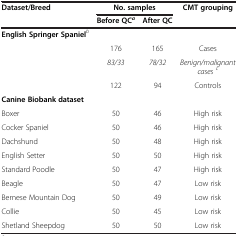
<table><thead><tr><td><b>Dataset/Breed</b></td><td colspan="2"><b>No. samples</b></td><td><b>CMT grouping</b></td></tr><tr><td><b> </b></td><td><b>Before QC<sup><i>a</i></sup></b></td><td><b>After QC</b></td><td><b> </b></td></tr></thead><tbody><tr><td><b>English Springer Spaniel</b><sup><i>b</i></sup></td><td> </td><td> </td><td> </td></tr><tr><td> </td><td>176</td><td>165</td><td>Cases</td></tr><tr><td> </td><td><i>83/33</i></td><td><i>78/32</i></td><td><i>Benign/malignant cases</i><sup><i>c</i></sup></td></tr><tr><td> </td><td>122</td><td>94</td><td>Controls</td></tr><tr><td><b>Canine Biobank dataset</b></td><td> </td><td> </td><td> </td></tr><tr><td>Boxer</td><td>50</td><td>46</td><td>High risk</td></tr><tr><td>Cocker Spaniel</td><td>50</td><td>46</td><td>High risk</td></tr><tr><td>Dachshund</td><td>50</td><td>48</td><td>High risk</td></tr><tr><td>English Setter</td><td>50</td><td>50</td><td>High risk</td></tr><tr><td>Standard Poodle</td><td>50</td><td>47</td><td>High risk</td></tr><tr><td>Beagle</td><td>50</td><td>47</td><td>Low risk</td></tr><tr><td>Bernese Mountain Dog</td><td>50</td><td>49</td><td>Low risk</td></tr><tr><td>Collie</td><td>50</td><td>45</td><td>Low risk</td></tr><tr><td>Shetland Sheepdog</td><td>50</td><td>50</td><td>Low risk</td></tr></tbody></table>